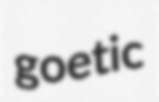
goetic